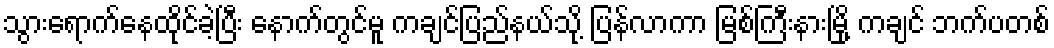
သွားရောက်နေထိုင်ခဲ့ပြီး နောက်တွင်မူ ကချင်ပြည်နယ်သို့ ပြန်လာကာ မြစ်ကြီးနားမြို့ ကချင် ဘက်ပတစ်